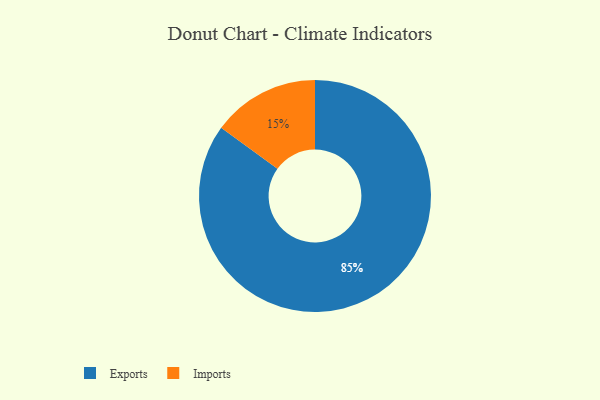
{"axis": {"x": "Category", "y": "Percentage"}, "legend": ["Exports", "Imports"], "data": [{"x": "Exports", "y": 85, "type": "Exports"}, {"x": "Imports", "y": 15, "type": "Imports"}]}